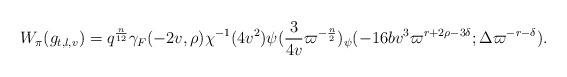
LaTeX: \begin{align*}W_{\pi}(g_{t,l,v}) = q^{\frac{n}{12}}\gamma_F(-2v,\rho)\chi^{-1}(4v^2) \psi(\frac{3}{4v}\varpi^{-\frac{n}{2}})_{\psi}(-16bv^3 \varpi^{r+2\rho-3\delta};\Delta\varpi^{-r-\delta}). \end{align*}